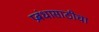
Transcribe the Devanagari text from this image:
प्रबंधासाठीचा